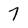
Character: 7